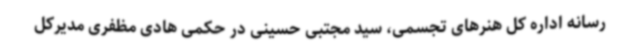
رسانه اداره کل هنرهای تجسمی، سید مجتبی حسینی در حکمی هادی مظفری مدیرکل